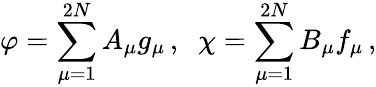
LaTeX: \varphi=\sum_{\mu=1}^{2N}A_{\mu}g_{\mu}\, ,\; \; \chi=\sum_{\mu=1}^{2N}B_{\mu}f_{\mu}\, ,